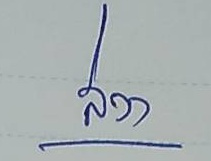
ล่าง